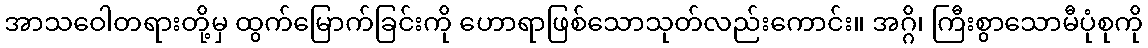
အာသဝေါတရားတို့မှ ထွက်မြောက်ခြင်းကို ဟောရာဖြစ်သောသုတ်လည်းကောင်း။ အဂ္ဂိ၊ ကြီးစွာသောမီပုံစုကို